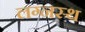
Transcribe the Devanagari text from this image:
लग्नस्थ